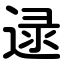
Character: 逯